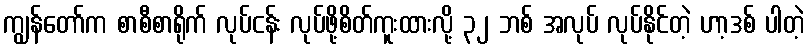
ကျွန်တော်က စာစီစာရိုက် လုပ်ငန်း လုပ်ဖို့စိတ်ကူးထားလို့ ၃၂ ဘစ် အလုပ် လုပ်နိုင်တဲ့ ဟာ့ဒစ် ပါတဲ့